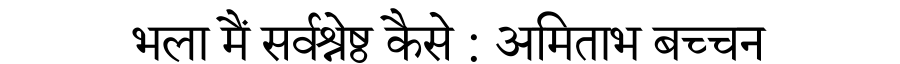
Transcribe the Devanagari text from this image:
भला मैं सर्वश्रेष्ठ कैसे : अमिताभ बच्चन